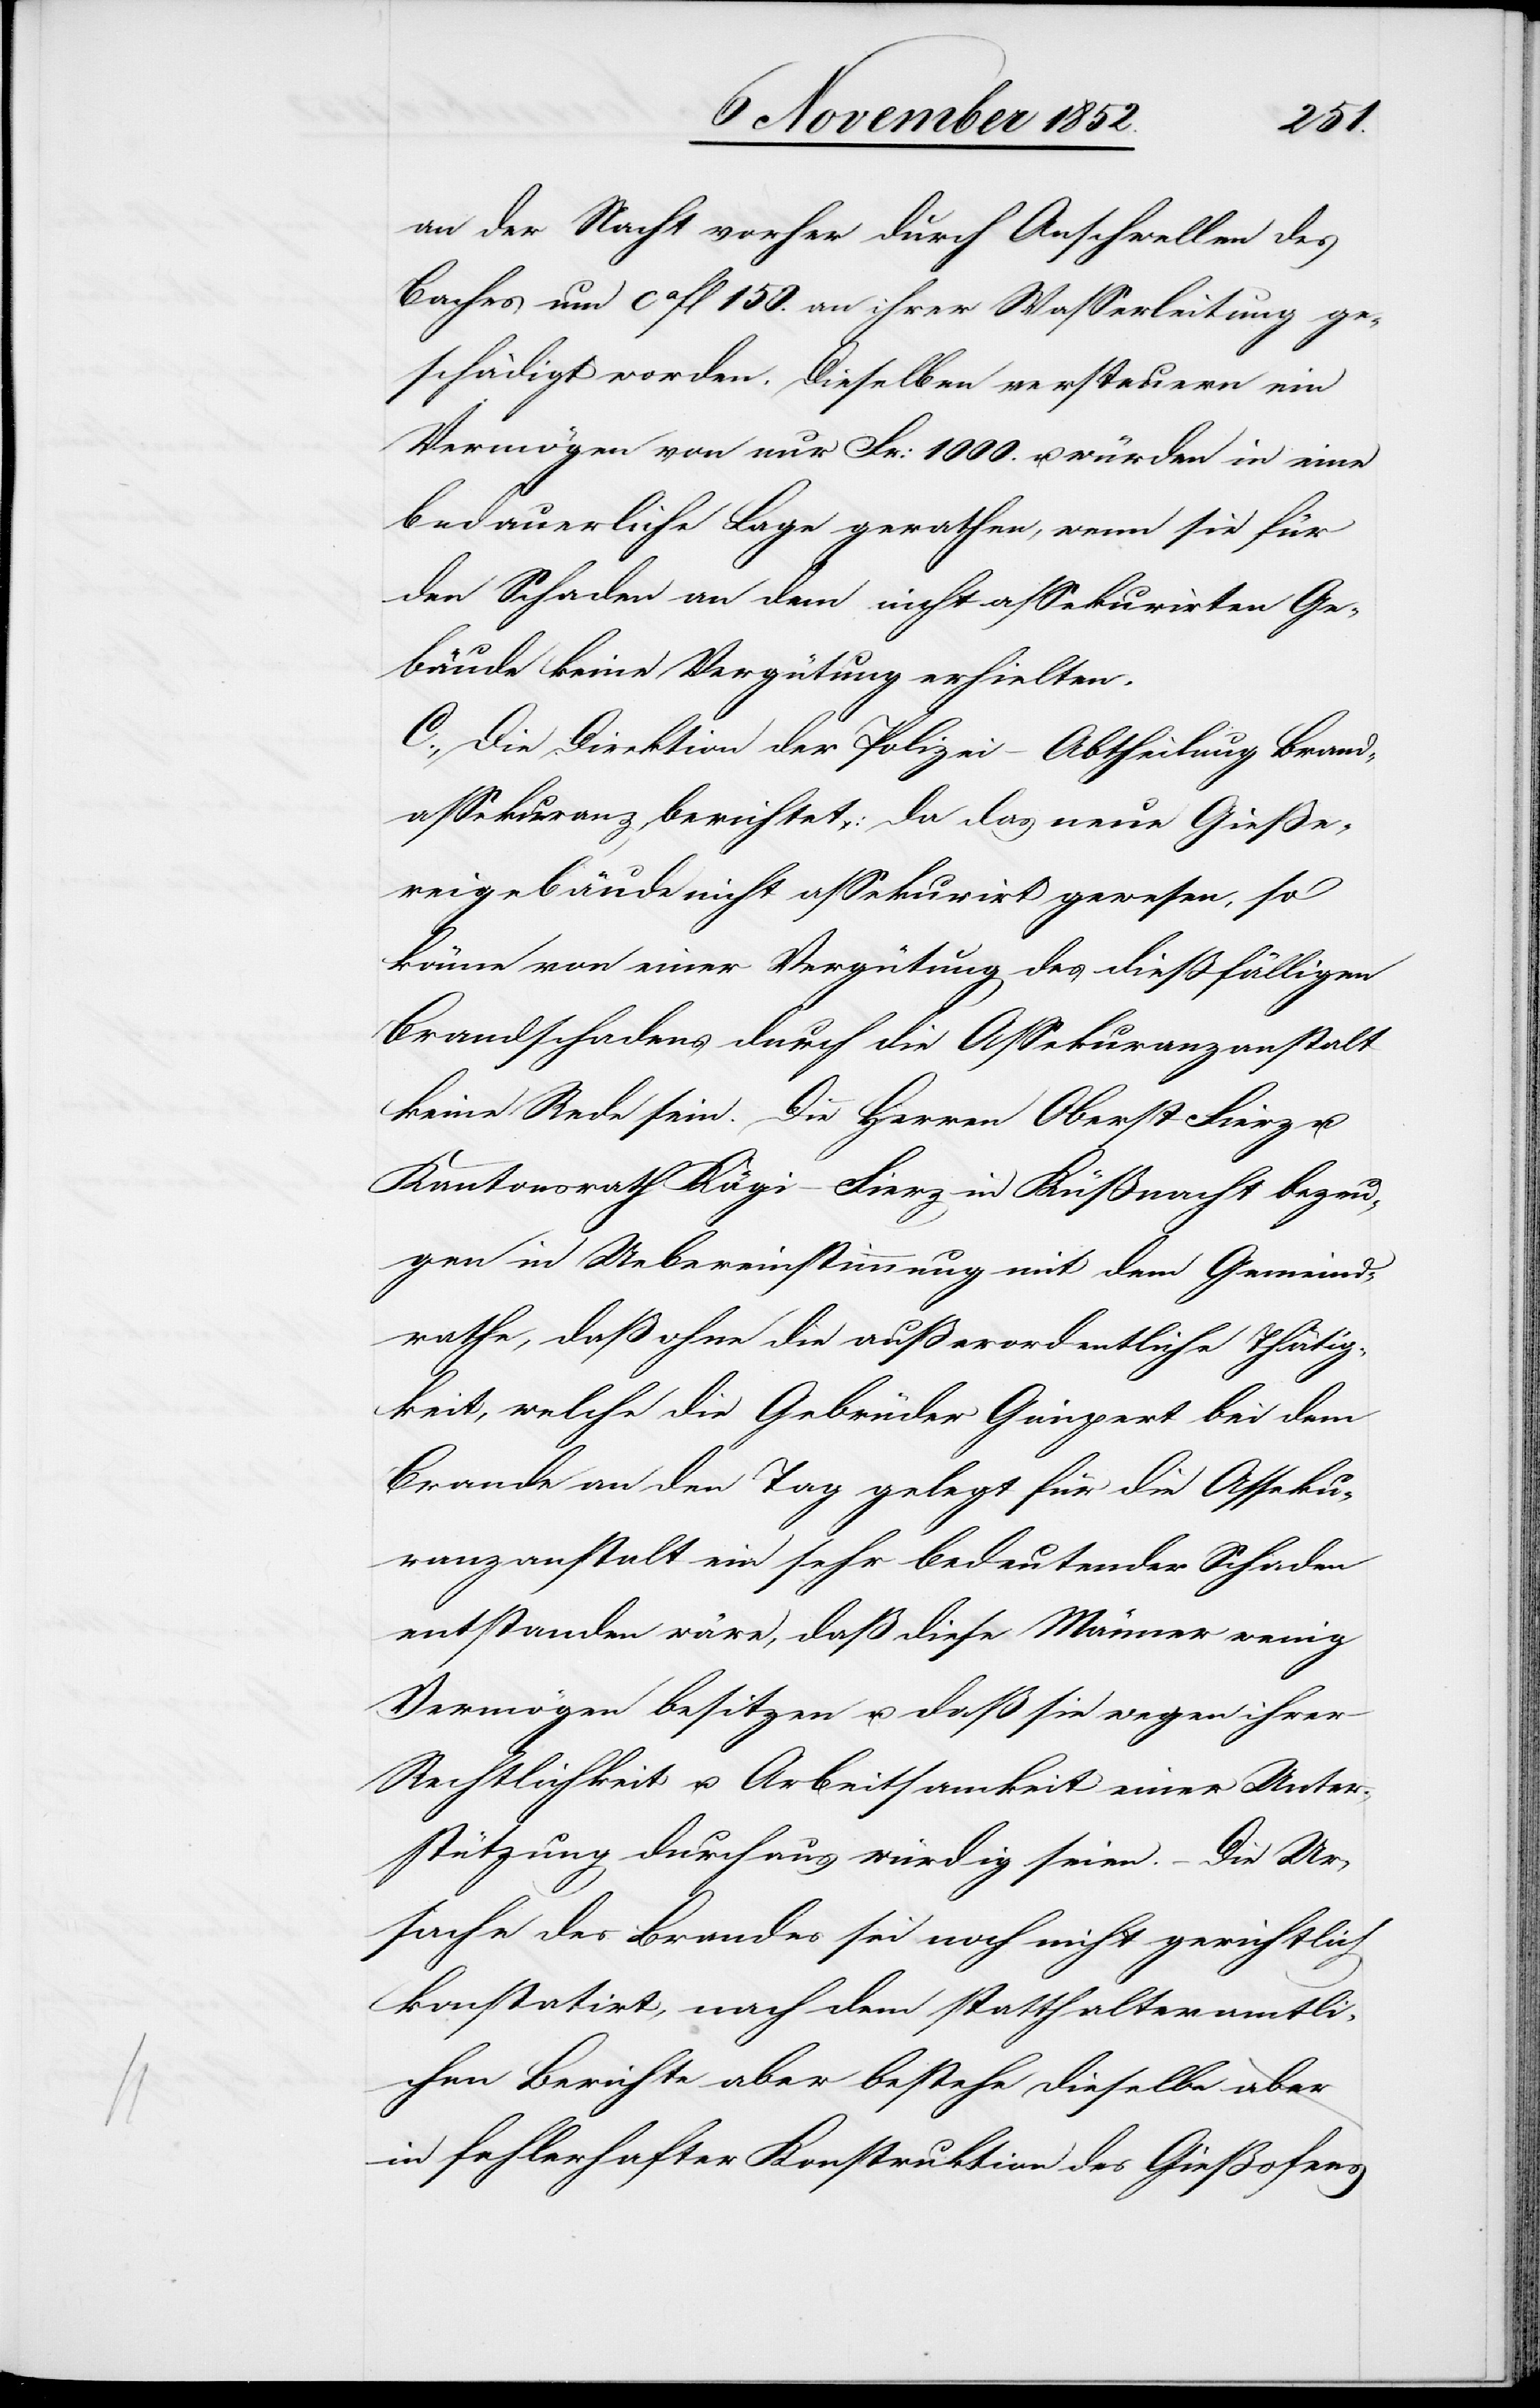
in] der Nacht vorher durch Anschwellen des
Baches um ca fl 150. an ihrer Wasserleitung ge¬
schädigt worden. Dieselben versteuern ein
Vermögen von nur Fr: 1000. u. würden in eine
bedauerliche Lage gerathen, wenn sie für
den Schaden an dem nicht assekurirten Ge¬
bäude keine Vergütung erhielten.
C., Die Direktion der Polizei – Abtheilung Brand¬
assekuranz, berichtet: da das neue Gieße¬
reigebäude nicht assekurirt gewesen, so
könne von einer Vergütung des dießfälligen
Brandschadens durch die Assekuranzanstalt
keine Rede sein. Die Herren Oberst Fierz u.
Kantonsrath Kägi-Fierz in Küßnacht bezeu¬
gen in Uebereinstimmung mit dem Gemeind¬
rathe, daß ohne die außerordentliche Thätig¬
keit, welche die Gebrüder Gimpert bei dem
Brande an den Tag gelegt für die Asseku¬
ranzanstalt ein sehr bedeutender Schaden
entstanden wäre, daß diese Männer wenig
Vermögen besitzen u. daß sie wegen ihrer
Rechtlichkeit u. Arbeitsamkeit einer Unter¬
stützung durchaus würdig seien. – Die Ur¬
sache des Brandes sei noch nicht gerichtlich
konstatirt, nach dem statthalteramtli¬
chen Berichte aber bestehe dieselbe in
fehlerhafter Konstruktion des Gießofens[.]